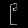
Digit: ၉